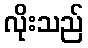
လိုးသည်